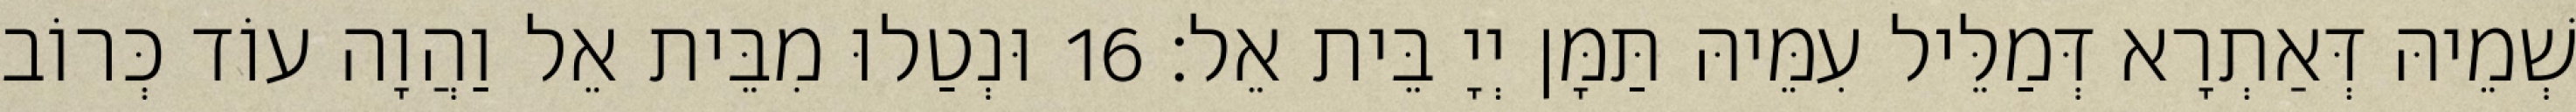
שְׁמֵיהּ דְּאַתְרָא דְּמַלֵּיל עִמֵּיהּ תַּמָּן יְיָ בֵּית אֵל׃ 16 וּנְטַלוּ מִבֵּית אֵל וַהֲוָה עוֹד כְּרוֹב